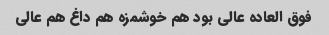
فوق العاده عالی بود هم خوشمزه هم داغ هم عالی